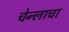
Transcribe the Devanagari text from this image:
चेन्लाचा